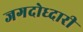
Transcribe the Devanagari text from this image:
जगदोध्दारी